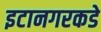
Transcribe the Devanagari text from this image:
इटानगरकडे